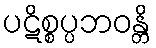
ပဋိစ္စပ္ပဘဝန္တိ